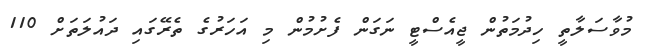
މުވާސަލާތީ ހިދުމަތުން ޖީއެސްޓީ ނަގަން ފެށުމުން މި އަހަރުގެ ތެރޭގައި ދައުލަތަށް 110